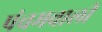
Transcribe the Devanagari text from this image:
पंचमवाली